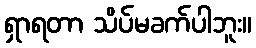
ရှာရတာ သိပ်မခက်ပါဘူး။